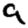
Digit: 9